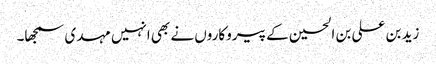
زید بن علی بن الحسین کے پیروکاروں نے بھی انہیں مہدی سمجھا۔